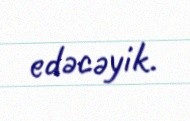
edəcəyik.